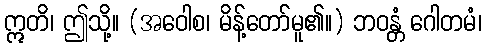
ဣတိ၊ ဤသို့။ (အဝေါစ၊ မိန့်တော်မူ၏။) ဘဝန္တံ ဂေါတမံ၊